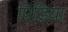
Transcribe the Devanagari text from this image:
पिंडिया